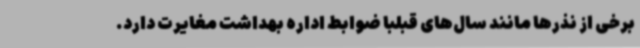
برخی از نذرها مانند سال‌های قبلبا ضوابط اداره بهداشت مغایرت دارد.